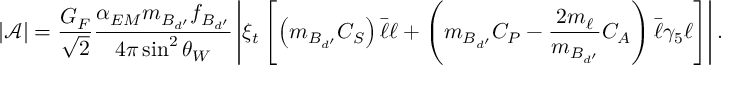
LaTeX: \left| \mathcal { A } \right| = \frac { G _ { F } } { \sqrt { 2 } } \frac { \alpha _ { E M } m _ { B _ { d ^ { \prime } } } f _ { B _ { d ^ { \prime } } } } { 4 \pi \sin ^ { 2 } \theta _ { W } } \left| \xi _ { t } \left[ \left( m _ { B _ { d ^ { \prime } } } C _ { S } \right) \bar { \ell } \ell + \left( m _ { B _ { d ^ { \prime } } } C _ { P } - \frac { 2 m _ { \ell } } { m _ { B _ { d ^ { \prime } } } } C _ { A } \right) \bar { \ell } \gamma _ { 5 } \ell \right] \right| .